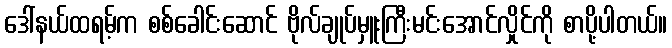
ဒေါ်နယ်ထရမ့်က စစ်ခေါင်းဆောင် ဗိုလ်ချုပ်မှူးကြီးမင်းအောင်လှိုင်ကို စာပို့ပါတယ်။